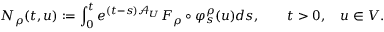
N _ { \rho } ( t , u ) : = \int _ { 0 } ^ { t } e ^ { ( t - s ) \mathcal { A } _ { U } } F _ { \rho } \circ \varphi _ { s } ^ { \rho } ( u ) d s , \qquad t > 0 , \quad u \in V .